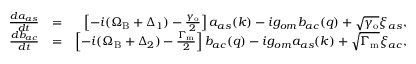
\begin{array} { r l r } { \frac { d a _ { a s } } { d t } } & { = } & { \left[ - i ( \Omega _ { \mathrm { B } } + \Delta _ { 1 } ) - \frac { \gamma _ { \mathrm { o } } } { 2 } \right] a _ { a s } ( k ) - i g _ { o m } b _ { a c } ( q ) + \sqrt { \gamma _ { \mathrm { o } } } \xi _ { a s } , } \\ { \frac { d b _ { a c } } { d t } } & { = } & { \left[ - i ( \Omega _ { \mathrm { B } } + \Delta _ { 2 } ) - \frac { \Gamma _ { \mathrm { m } } } { 2 } \right] b _ { a c } ( q ) - i g _ { o m } a _ { a s } ( k ) + \sqrt { \Gamma _ { \mathrm { m } } } \xi _ { a c } , } \end{array}